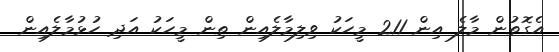
އެގޮތުން މާލެ އިން 211 މީހަކު ވިލިމާލެއިން ތިން މީހަކު އަދި ހުޅުމާލެއިން